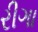
રીગા